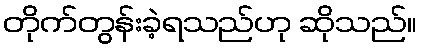
တိုက်တွန်းခဲ့ရသည်ဟု ဆိုသည်။